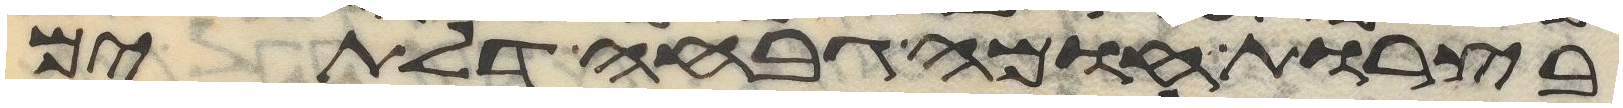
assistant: בצרות חומה גבחה דלתים